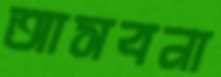
আসবনা